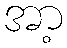
အာ့